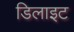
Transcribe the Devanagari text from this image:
डिलाइट